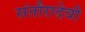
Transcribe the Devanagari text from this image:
संतौरादेवी